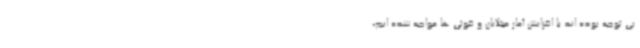
بی توجه بوده اند با افزایش آمار مبتلایان و فوتی ها مواجه شده ایم،